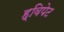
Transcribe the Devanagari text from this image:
ह्विपेट